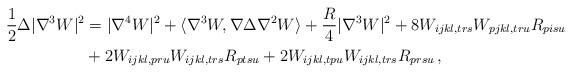
LaTeX: \begin{align*}\frac{1}{2}\Delta|\nabla^3 W|^{2} &= |\nabla^{4} W|^{2} + \langle \nabla^3 W, \nabla \Delta \nabla^2 W \rangle +\frac{R}{4}|\nabla^3 W|^{2}+ 8 W_{ijkl,trs}W_{pjkl,tru}R_{pisu}\\ &+2W_{ijkl,pru}W_{ijkl,trs}R_{ptsu}+2W_{ijkl,tpu}W_{ijkl,trs}R_{prsu}\,,\end{align*}